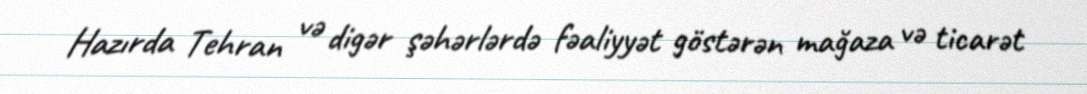
Hazırda Tehran və digər şəhərlərdə fəaliyyət göstərən mağaza və ticarət